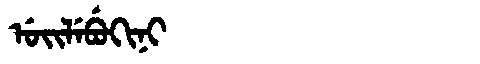
Manchu: ᡠᡳᠯᡝᠪᡠᡴᡳᠨᡳ
Romanization: UILEBUKINI